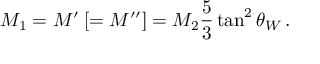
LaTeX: M _ { 1 } = M ^ { \prime } \: [ = M ^ { \prime \prime } ] = M _ { 2 } \frac { 5 } { 3 } \tan ^ { 2 } \theta _ { W } \, .